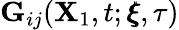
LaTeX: \mathbf{G}_{ij}(\mathbf{X}_{1},t;\pmb{\xi},\tau)